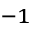
^ { - 1 }